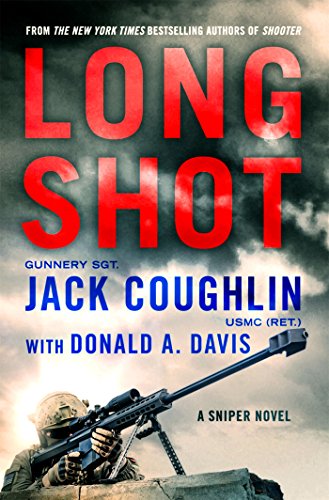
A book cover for Long Shot: A Sniper Novel (Kyle Swanson Sniper Novels); Jack Coughlin; Mystery, Thriller & Suspense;